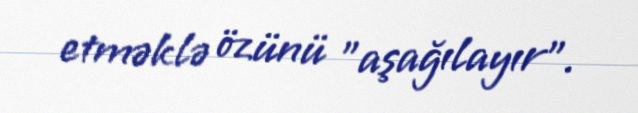
etməklə özünü "aşağılayır".